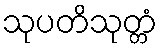
သုပတိသုတ္တံ